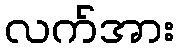
လက်အား